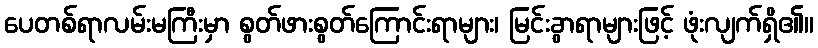
ပေတစ်ရာလမ်းမကြီးမှာ စွတ်ဖားစွတ်ကြောင်းရာများ၊ မြင်းခွာရာများဖြင့် ဖုံးလျက်ရှိ၏။